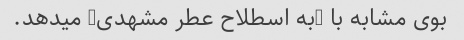
بوی مشابه با (به اسطلاح عطر مشهدی) میدهد.